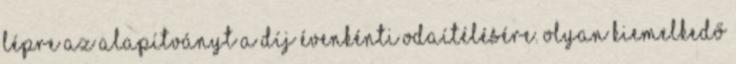
lépre az alapítványt a díj évenkénti odaítélésére. Olyan kiemelkedő